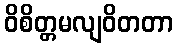
ဝိစိတ္တမလျဝိတတာ